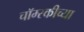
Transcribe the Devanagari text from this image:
चॉम्स्कीच्या